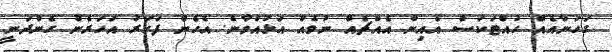
ގަހަނާއެއް ހުއްޓަކަސް އެއިން އެއްޗެއް ނުވެއް އަޅުއްވާނެ. އެހެން ފަހަރު އަހަރެން ގެންދަނީ